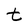
Character: t